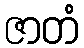
ဇာတံ